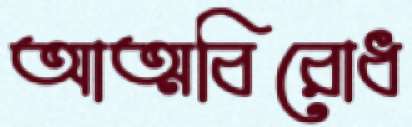
আত্মবিরোধ